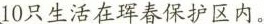
10只生活在珲春保护区内。